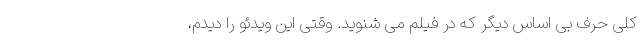
کلی حرف بی اساس دیگر که در فیلم می شنوید. وقتی این ویدئو را دیدم،